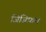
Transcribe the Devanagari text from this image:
जिजिफ़स